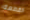
القطعة